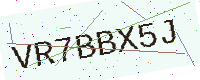
Text: VR7BBX5J